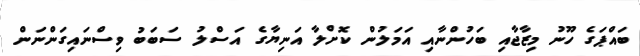
ބައްޕަގެ ހޫނު މިޒާޖާއި ބަހުންނާއި އަމަލުން ކޮށްލާ އަނިޔާގެ އަސްލު ސަބަބު ވިސްނައިގަންނަން